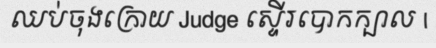
ឈប់ចុងក្រោយ Judge ស្ទើរបោកក្បាល |